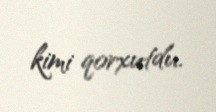
kimi qorxutdu.